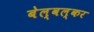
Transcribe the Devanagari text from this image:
बेल्वल्कर